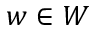
w \in W